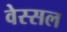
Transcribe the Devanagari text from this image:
वेस्सल